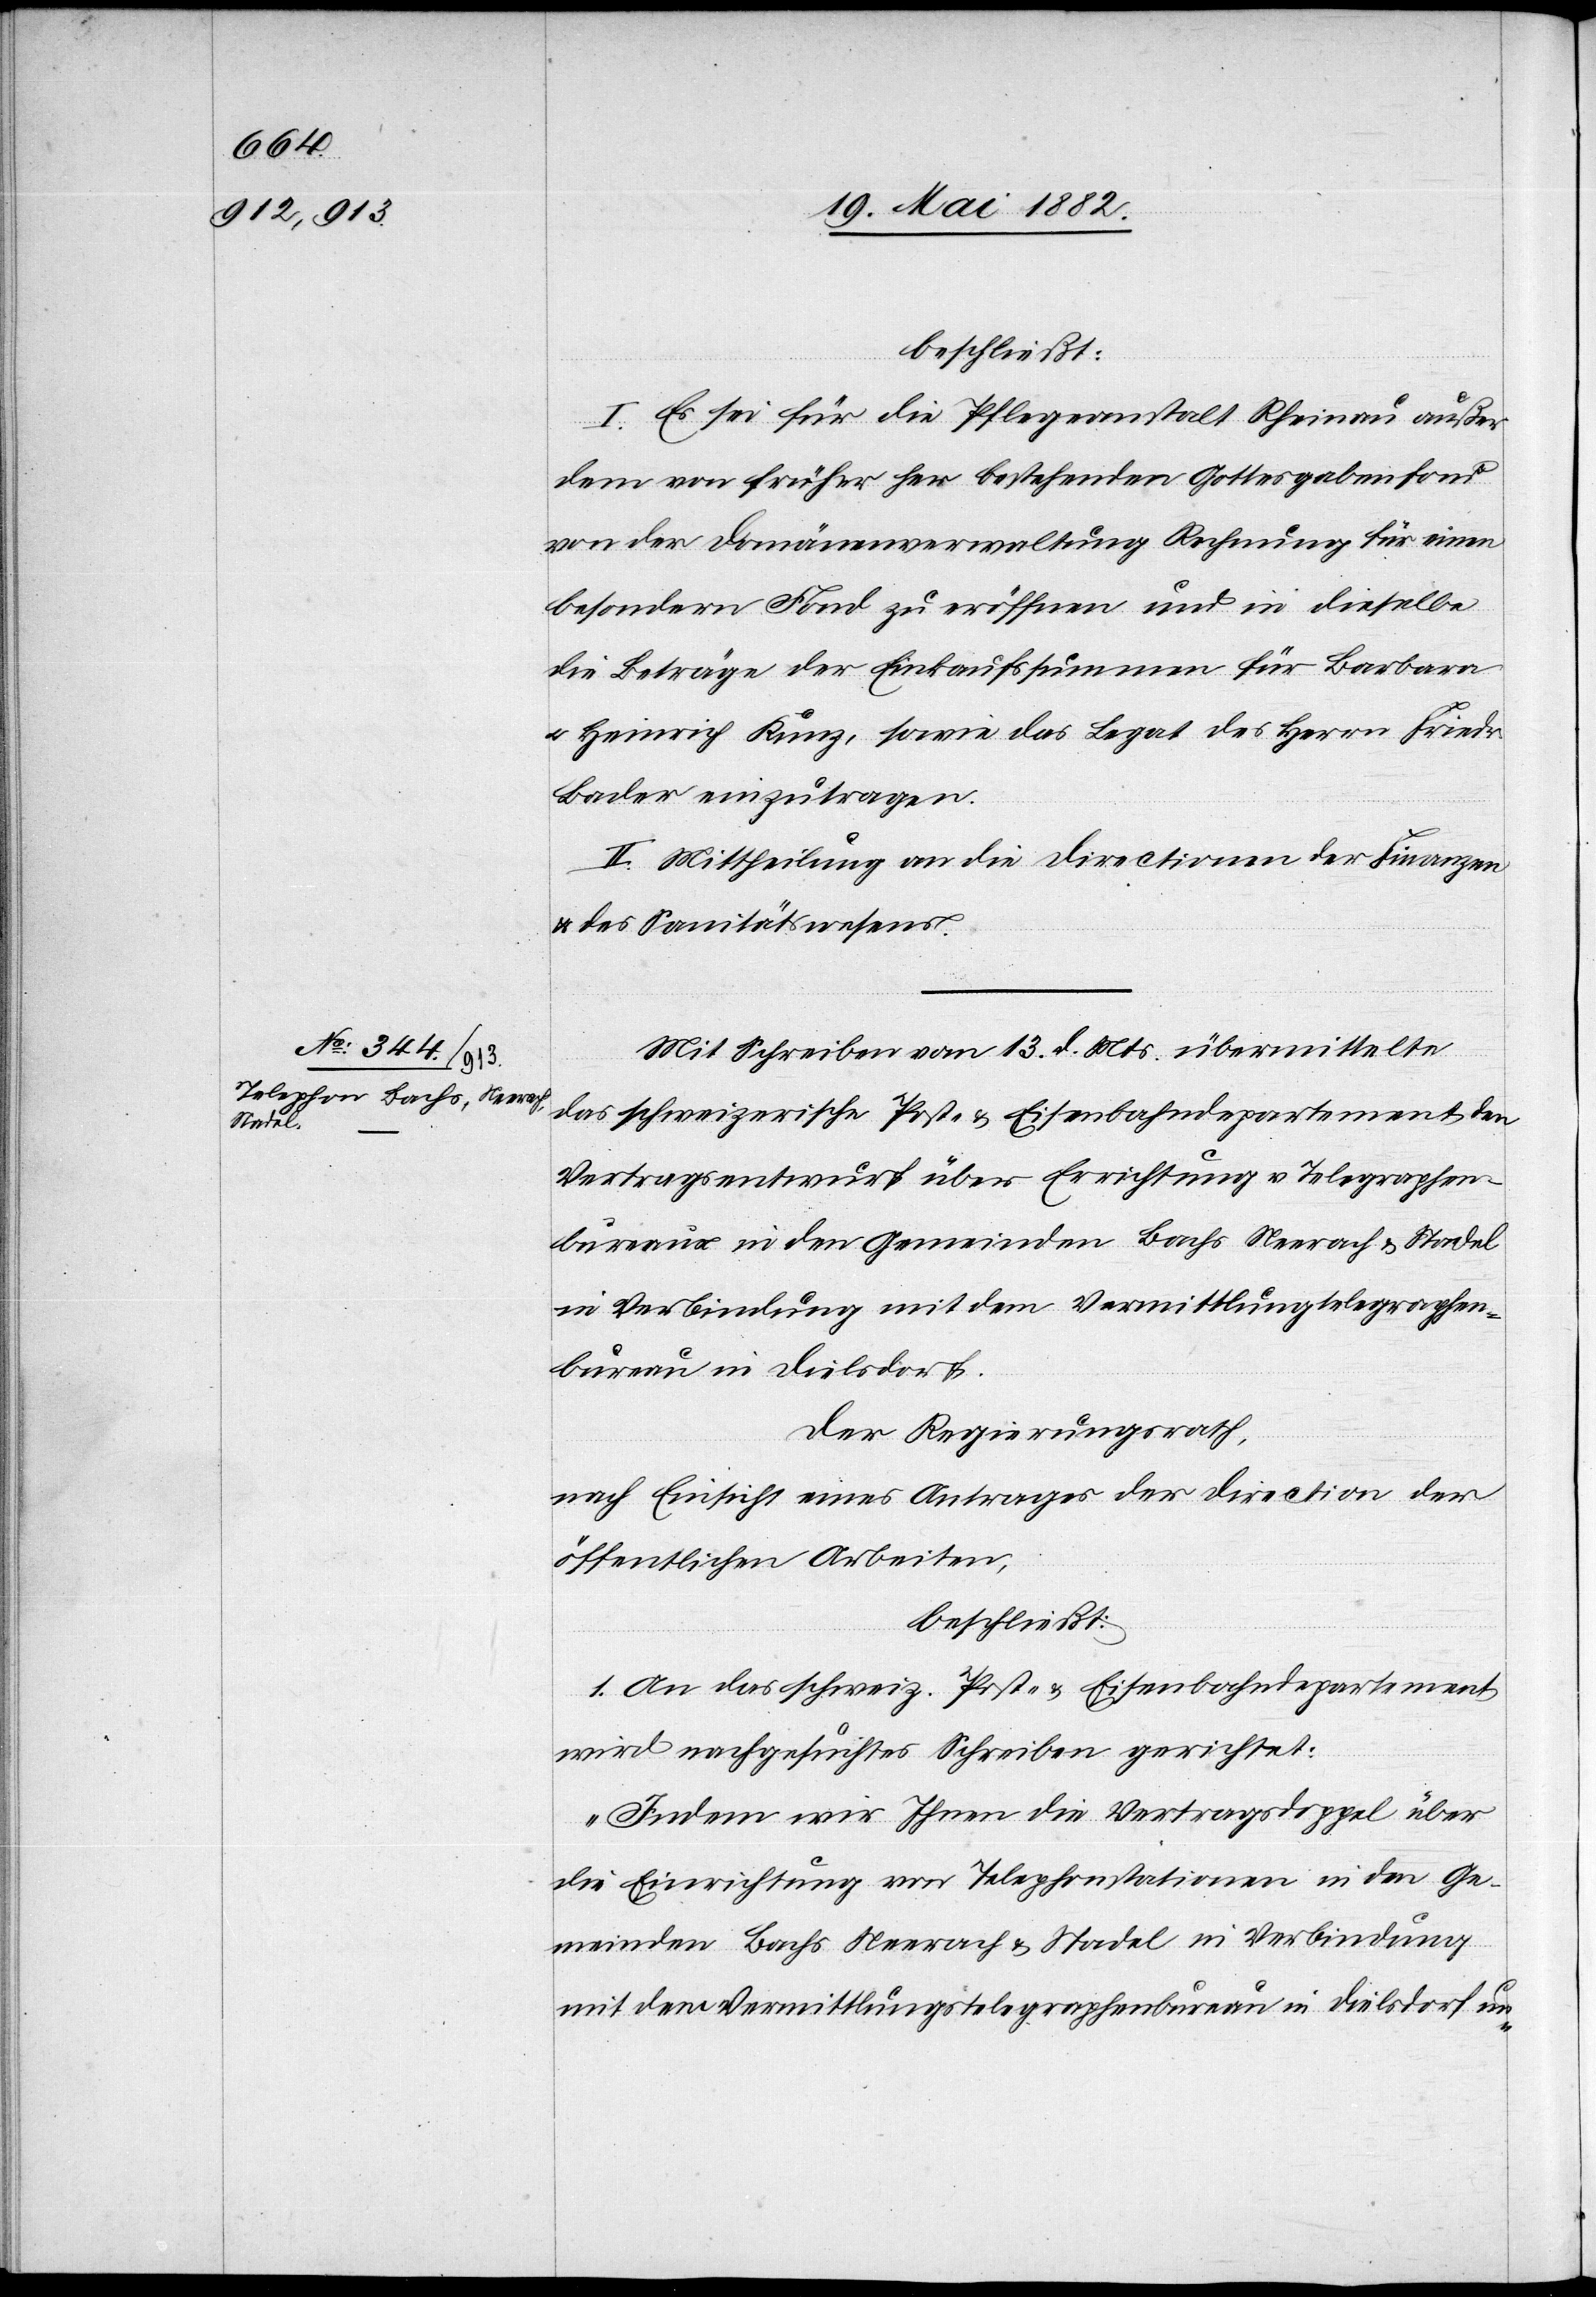
beschließt:
I. Es sei für die Pflegeanstalt Rheinau außer
dem von früher her bestehenden Gottesgabenfond
von der Domänenverwaltung Rechnung für einen
besondern Fond zu eröffnen und in dieselbe
die Beträge der Einkaufssummen für Barbara
u. Heinrich Kunz, sowie das Legat des Herrn Friedr.
Bader einzutragen.
II. Mittheilung an die Directionen der Finanzen
& des Sanitätswesens.
Mit Schreiben vom 13. d. Mts. übermittelte
das schweizerische Post- & Eisenbahndepartement den
Vertragsentwurf über Errichtung v. Telegraphen¬
bureaux in den Gemeinden Bachs, Neerach & Stadel
in Verbindung mit dem Vermittlung[s]telegraphen¬
bureau in Dielsdorf.
Der Regierungsrath,
nach Einsicht eines Antrages der Direction der
öffentlichen Arbeiten,
beschließt:
1. An das schweiz. Post- & Eisenbahndepartement
wird nachgesuchtes Schreiben gerichtet:
„Indem wir Ihnen die Vertragsdoppel über
die Einrichtung von Telephonstationen in den Ge¬
meinden Bachs, Neerach & Stadel in Verbindung
mit dem Vermittlungstelegraphenbureau in Dielsdorf un-